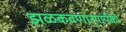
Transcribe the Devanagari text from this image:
झळकवणार्‍यांपैकी